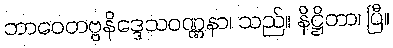
ဘာဝေတဗ္ဗနိဒ္ဒေသဝဏ္ဏနာ၊ သည်။ နိဋ္ဌိတာ၊ ပြီ။